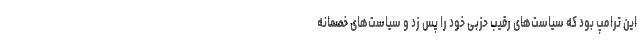
این ترامپ بود که سیاست‌های رقیب حزبی خود را پس زد و سیاست‌های خصمانه